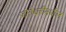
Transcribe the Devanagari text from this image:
जोगेश्वरीमधील